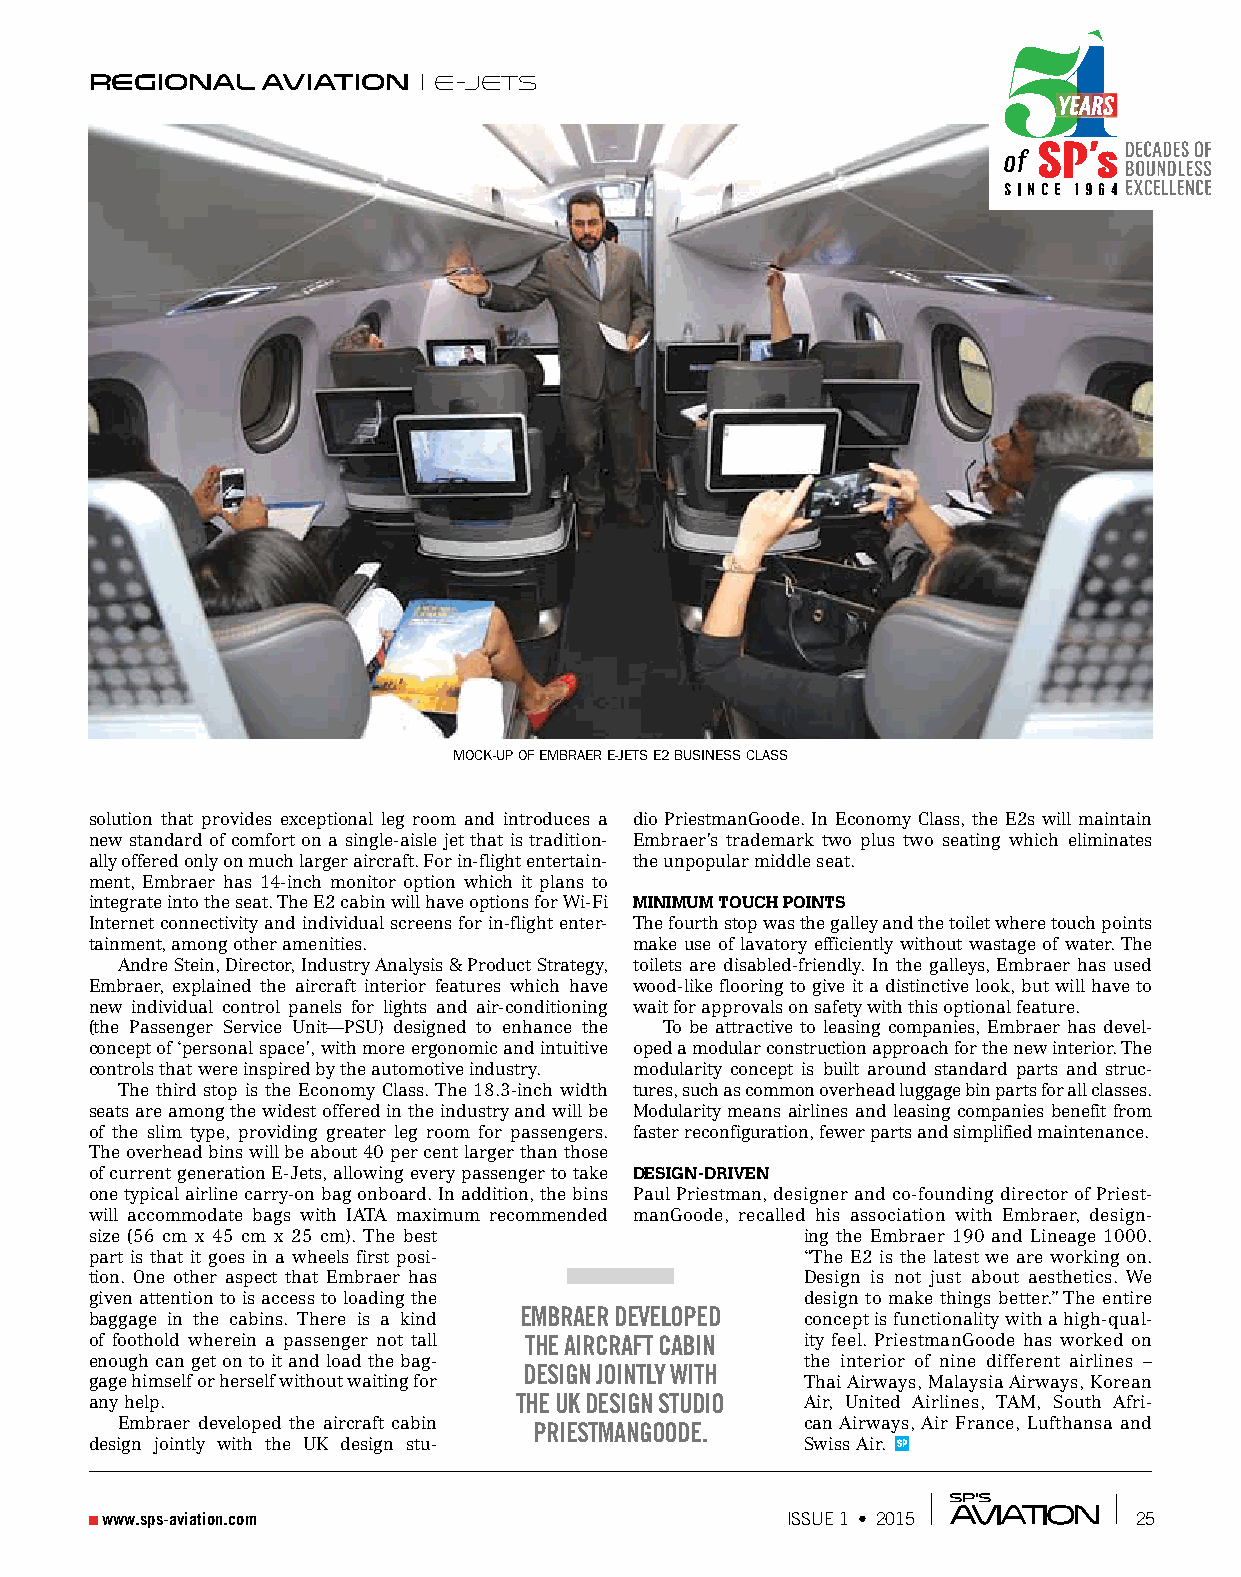
regional   aviation    E-JEts
 mOck-up Of emBraer e-JetS e2 BuSineSS claSS
 solution that provides exceptional leg room and introduces a dio PriestmanGoode. In Economy Class, the E2s will maintain
 new standard of comfort on a single-aisle jet that is tradition- Embraer’s trademark two plus two seating which eliminates
 ally offered only on much larger aircraft. For in-flight entertain- the unpopular middle seat.
 ment, Embraer has 14-inch monitor option which it plans to
 integrate into the seat. The E2 cabin will have options for Wi-Fi MiniMuM touCh points
 Internet connectivity and individual screens for in-flight enter- The fourth stop was the galley and the toilet where touch points
 tainment, among other amenities.    make use of lavatory efficiently without wastage of water. The
 Andre Stein, Director, Industry Analysis & Product Strategy, toilets are disabled-friendly. In the galleys, Embraer has used
 Embraer, explained the aircraft interior features which have wood-like flooring to give it a distinctive look, but will have to
 new individual control panels for lights and air-conditioning wait for approvals on safety with this optional feature.
 (the Passenger Service Unit—PSU) designed to enhance the To be attractive to leasing companies, Embraer has devel-
 concept of ‘personal space’, with more ergonomic and intuitive oped a modular construction approach for the new interior. The
 controls that were inspired by the automotive industry. modularity concept is built around standard parts and struc-
 The third stop is the Economy Class. The 18.3-inch width tures, such as common overhead luggage bin parts for all classes.
 seats are among the widest offered in the industry and will be Modularity means airlines and leasing companies benefit from
 of the slim type, providing greater leg room for passengers. faster reconfiguration, fewer parts and simplified maintenance.
 The overhead bins will be about 40 per cent larger than those
 of current generation E-Jets, allowing every passenger to take Design-Driven
 one typical airline carry-on bag onboard. In addition, the bins Paul Priestman, designer and co-founding director of Priest-
 will accommodate bags with IATA maximum recommended manGoode, recalled his association with Embraer, design-
 size (56 cm x 45 cm x 25 cm). The best         ing the Embraer 190 and Lineage 1000.
 part is that it goes in a wheels first posi-   “The E2 is the latest we are working on.
 tion. One other aspect that Embraer has        Design is not just about aesthetics. We
 given attention to is access to loading the    design to make things better.” The entire
 EmbraEr dEvElopEd
 baggage in the cabins. There is a kind         concept is functionality with a high-qual-
 of foothold wherein a passenger not tall thE aircraft cabin ity feel. PriestmanGoode has worked on
 enough can get on to it and load the bag-      the interior of nine different airlines –
 dEsign jointly with
 gage himself or herself without waiting for    Thai Airways, Malaysia Airways, Korean
 any help.                   thE UK dEsign stUdio Air, United Airlines, TAM, South Afri-
 Embraer developed the aircraft cabin priEstmangoodE. can Airways, Air France, Lufthansa and
 design jointly with the UK design stu-         Swiss Air. SP
 www.sps-aviation.com                         ISSUE 1 • 2015         25